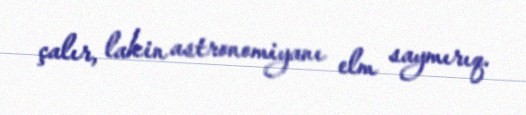
çalır, lakin astronomiyanı elm saymırıq.